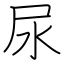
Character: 尿